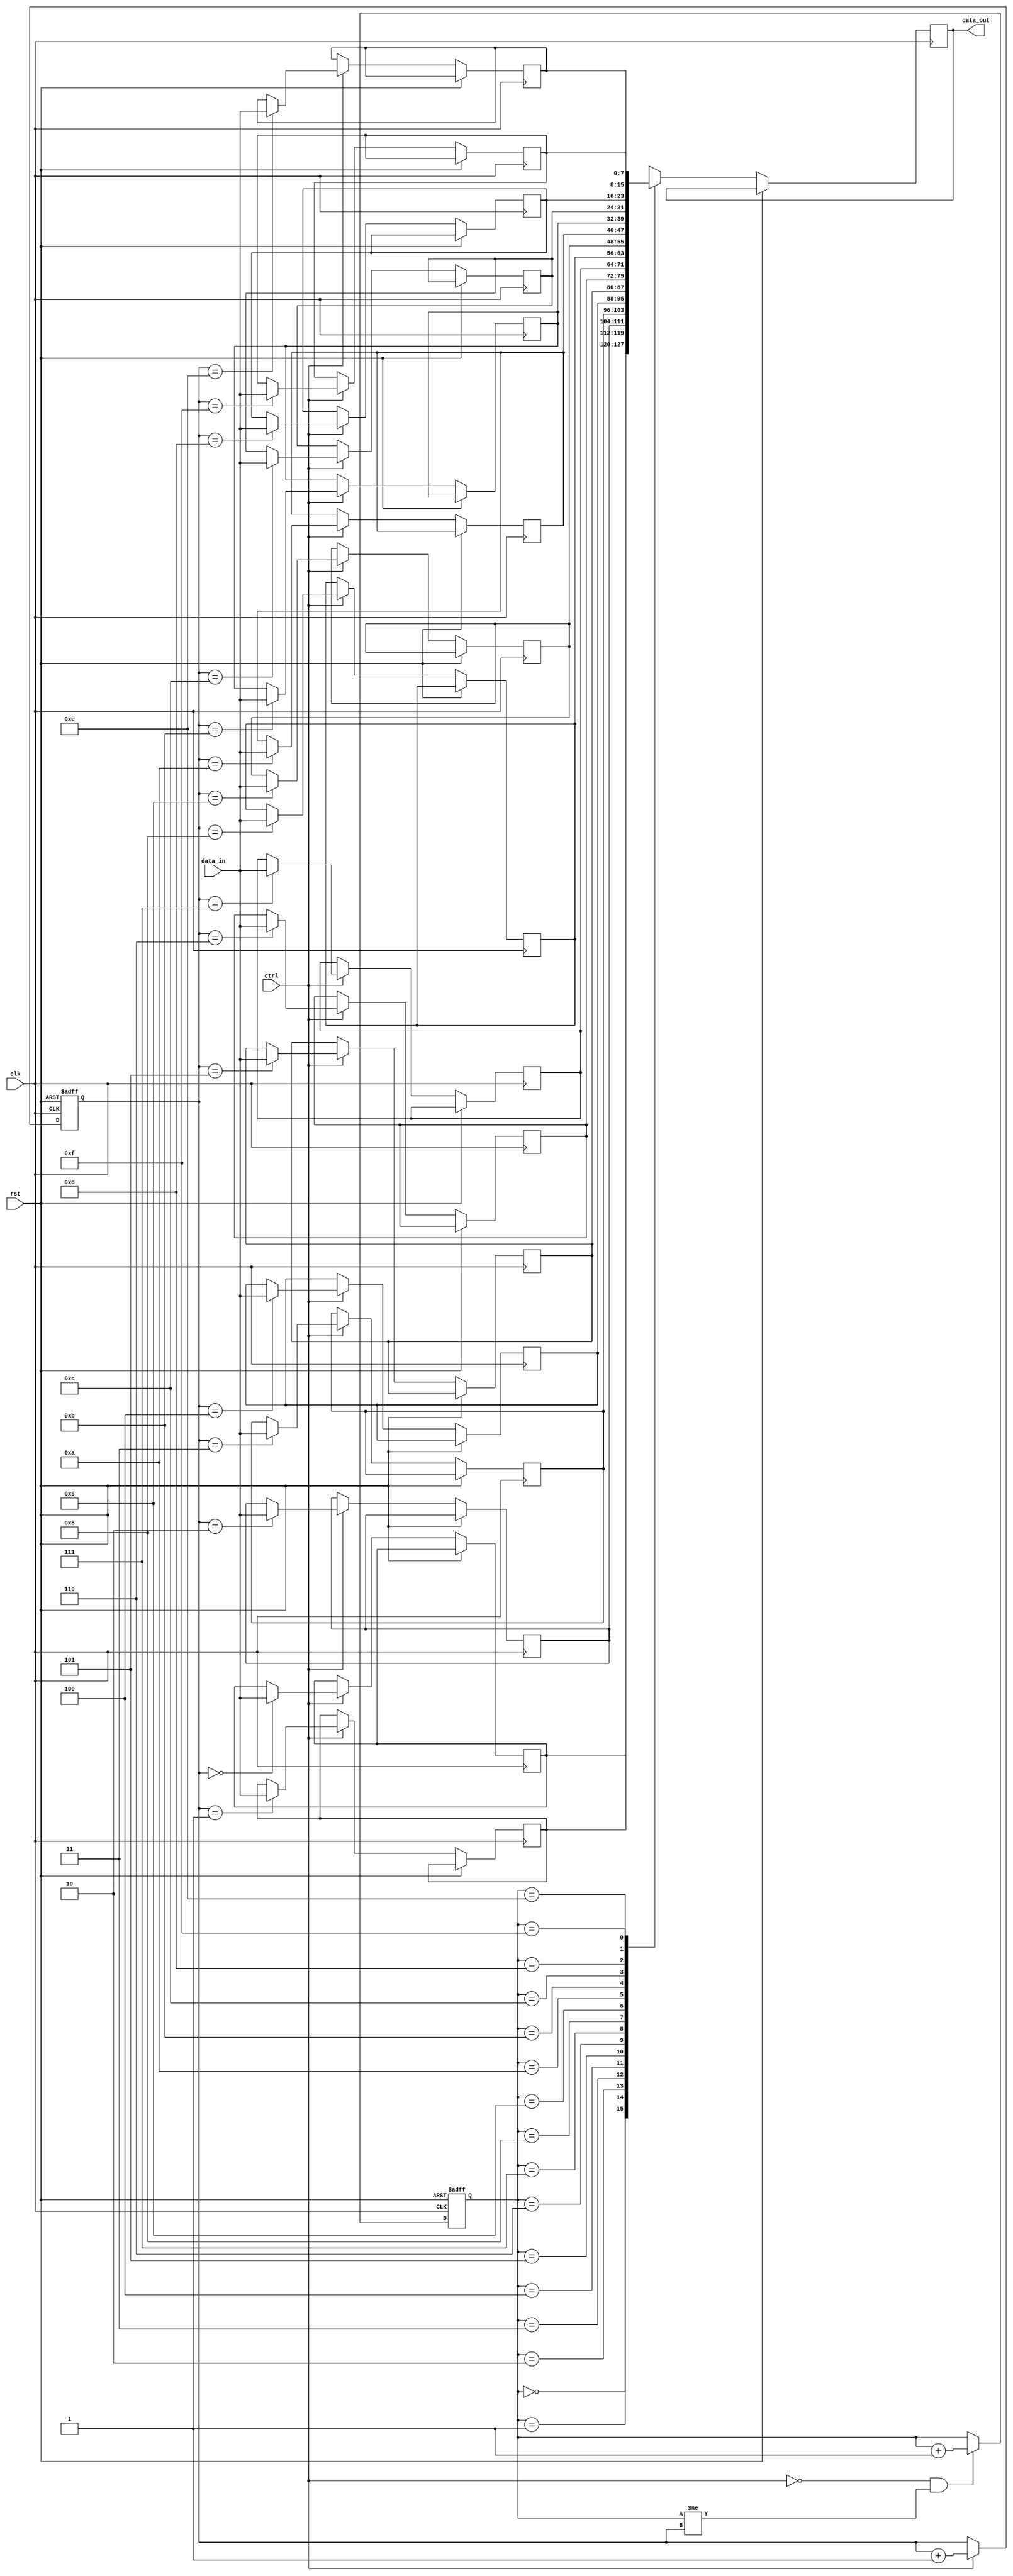
module fifo_buffer(
    input wire clk,
    input wire rst,
    input wire ctrl,
    input wire [7:0] data_in,
    output reg [7:0] data_out
);

reg [7:0] buffer [0:15];
reg [3:0] read_ptr;
reg [3:0] write_ptr;

always @(posedge clk or posedge rst) begin
    if (rst) begin
        read_ptr <= 4'b0000;
        write_ptr <= 4'b0000;
    end else begin
        if (ctrl) begin
            buffer[write_ptr] <= data_in;
            write_ptr <= write_ptr + 1;
        end
        data_out <= buffer[read_ptr];
        if (!ctrl && (read_ptr != write_ptr)) begin
            read_ptr <= read_ptr + 1;
        end
    end
end

endmodule